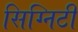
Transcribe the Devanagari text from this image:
सिग्निटी